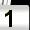
Digit: 1